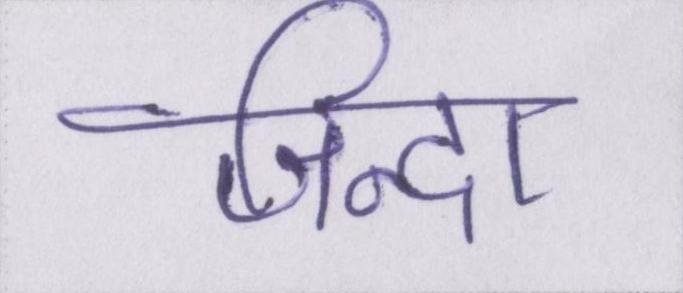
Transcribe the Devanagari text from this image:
जिन्दा